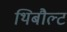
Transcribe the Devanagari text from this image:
थिबौल्ट